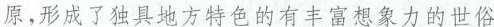
原，形成了独具地方特色的有丰富想象力的世俗